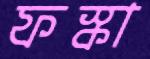
ফস্‌কা